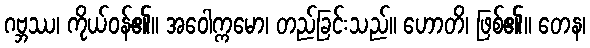
ဂဗ္ဘဿ၊ ကိုယ်ဝန်၏။ အဝေါက္ကမော၊ တည်ခြင်းသည်။ ဟောတိ၊ ဖြစ်၏။ တေန၊